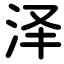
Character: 泽